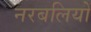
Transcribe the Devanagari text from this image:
नरबलियों